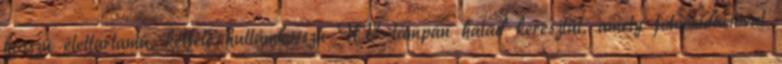
hosszú élettartamú, kétféle hullámhosszú UV-lámpán halad keresztül, amely fotooxidációval